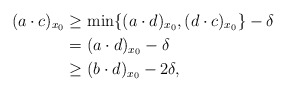
\begin{align*}(a\cdot c)_{x_0} &\ge \min\{(a\cdot d)_{x_0}, (d\cdot c)_{x_0} \} -\delta\\&= (a\cdot d)_{x_0} -\delta \\&\ge (b\cdot d)_{x_0} -2\delta,\end{align*}